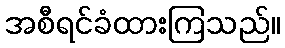
အစီရင်ခံထားကြသည်။